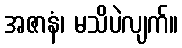
အဇာနံ၊ မသိပဲလျက်။